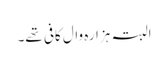
البتہ ہزارہ وال کافی تھے۔